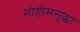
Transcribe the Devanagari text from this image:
मोहीमसुद्धा